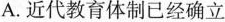
A.近代教育体制已经确立